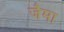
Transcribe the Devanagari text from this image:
जैमा